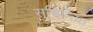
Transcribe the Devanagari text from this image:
सुचिन्तित